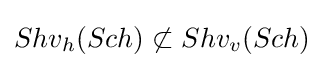
Shv_{h}(Sch)\not \subset Shv_{v}(Sch)